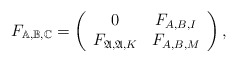
\begin{align*} F_{\mathbb{A},\mathbb{B},\mathbb{C}}=\left( \begin{array}{cc} 0 & F_{A,B,I} \\ F_{\mathfrak{A},\mathfrak{A},K} & F_{A,B,M} \\ \end{array} \right),\end{align*}